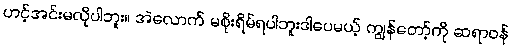
ဟင့်အင်းမလိုပါဘူး။ အဲလောက် မစိုးရိမ်ရပါဘူးဒါပေမယ့် ကျွန်တော့်ကို ဆရာဝန်